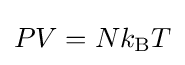
PV=Nk_{\text{B}}T